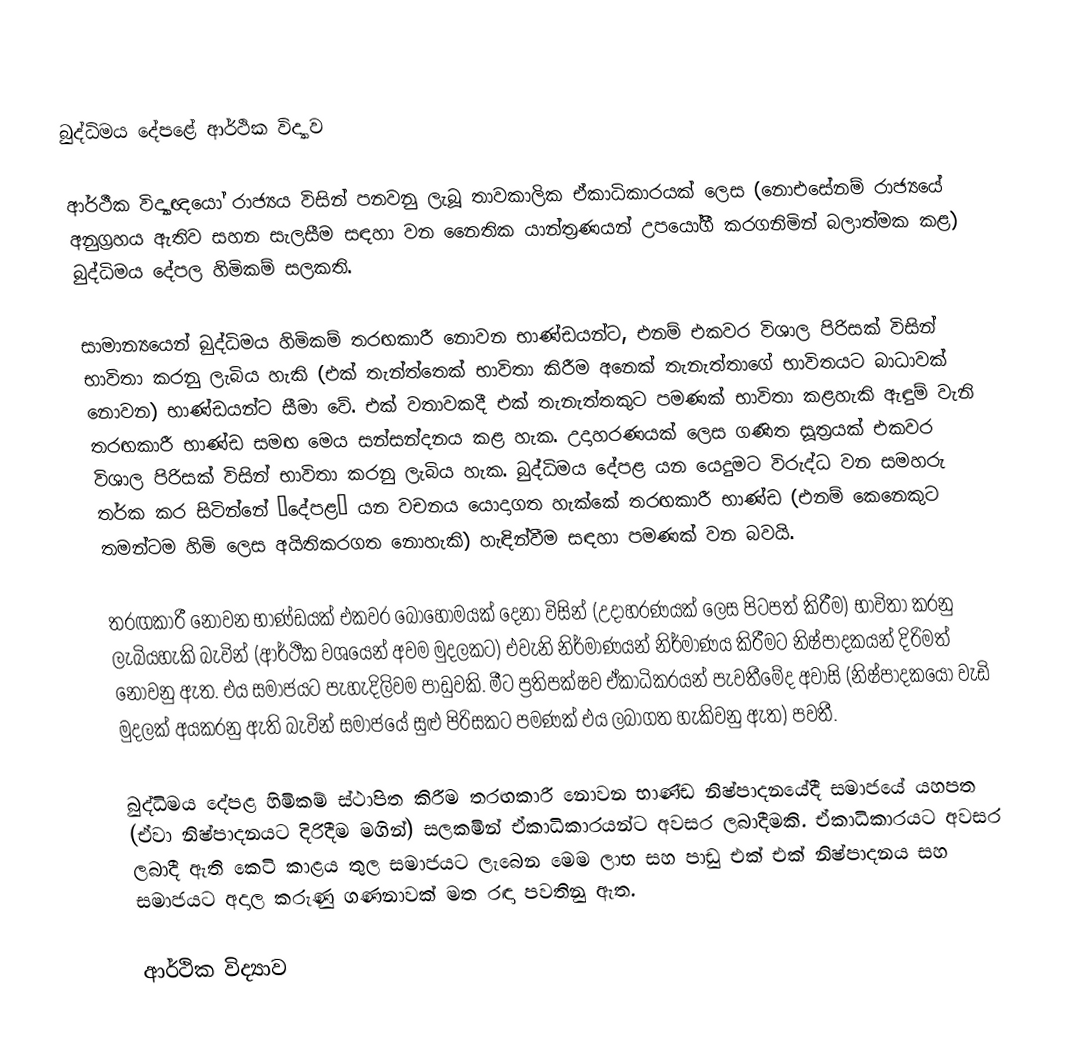
බුද්ධිමය දේපළේ ආර්ථික විද්‍යාව

ආර්ථීක විද්‍යාඥයෝ රාජ්‍යය විසින් පනවනු ලැබූ තාවකාලික ඒකාධිකාරයක් ලෙස (නොඑසේනම් රාජ්‍යයේ අනුග්‍රහය ඇතිව සහන සැලසීම සඳහා වන නෛතික යාන්ත්‍රණයන් උපයෝගී කරගනිමින් බලාත්මක කළ) බුද්ධිමය දේපල හිමිකම් සලකති.

සාමාන්‍යයෙන් බුද්ධිමය හිමිකම් තරඟකාරී නොවන භාණ්ඩයන්ට, එනම් එකවර විශාල පිරිසක් විසින් භාවිතා කරනු ලැබිය හැකි (එක් තැන්ත්තෙක් භාවිතා කිරීම අනෙක් තැනැත්තාගේ භාවිතයට බාධාවක් නොවන) භාණ්ඩයන්ට සීමා වේ. එක් වතාවකදී එක් තැනැත්තකුට පමණක් භාවිතා කළහැකි ඇඳුම් වැනි තරඟකාරී භාණ්ඩ සමඟ මෙය සන්සන්දනය කළ හැක. උදාහරණයක් ලෙස ගණිත සූත්‍රයක් එකවර විශාල පිරිසක් විසින් භාවිතා කරනු ලැබිය හැක. බුද්ධිමය දේපළ යන යෙදුමට විරුද්ධ වන සමහරු තර්ක කර සිටින්නේ ‘දේපළ’ යන වචනය යොදාගත හැක්කේ තරඟකාරී භාණ්ඩ (එනම් කෙනෙකුට තමන්ටම හිමි ලෙස අයිතිකරගත නොහැකි) හැඳින්වීම සඳහා පමණක් වන බවයි.

තරඟකාරී නොවන භාණ්ඩයක් එකවර බොහොමයක් දෙනා විසින් (උදාහරණයක් ලෙස පිටපත් කිරීම) භාවිතා කරනු ලැබියහැකි බැවින් (ආර්ථීක වශයෙන් අවම මුදලකට) එවැනි නිර්මාණයන් නිර්මාණය කිරීමට නිෂ්පාදකයන් දිරිමත් නොවනු ඇත. එය සමාජයට පැහැදිලිවම පාඩුවකි. මීට ප්‍රතිපක්ෂව ඒකාධිකරයන් පැවතීමේද අවාසි (නිෂ්පාදකයෝ වැඩි මුදලක් අයකරනු ඇති බැවින් සමාජයේ සුළු පිරිසකට පමණක් එය ලබාගත හැකිවනු ඇත) පවතී.

බුද්ධිමය දේපළ හිමිකම් ස්ථාපිත කිරීම තරඟකාරී නොවන භාණ්ඩ නිෂ්පාදනයේදී සමාජයේ යහපත (ඒවා නිෂ්පාදනයට දිරිදීම මගින්) සලකමින් ඒකාධිකාරයන්ට අවසර ලබාදීමකි. ඒකාධිකාරයට අවසර ලබාදී ඇති කෙටි කාළය තුල සමාජයට ලැබෙන මෙම ලාභ සහ පාඩු එක් එක් නිෂ්පාදනය සහ සමාජයට අදාල කරුණු ගණනාවක් මත රඳා පවතිනු ඇත.

 ආර්ථික විද්‍යාව